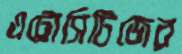
এট্রোসিটিজের